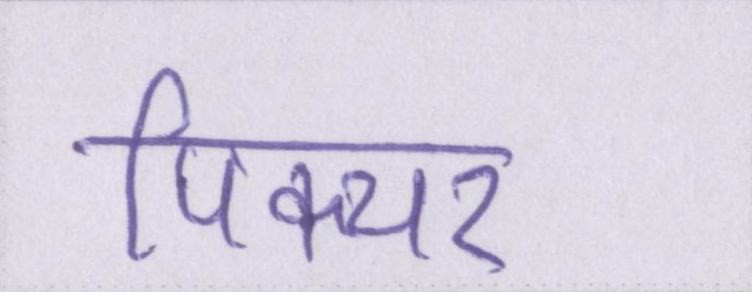
पिक्चर